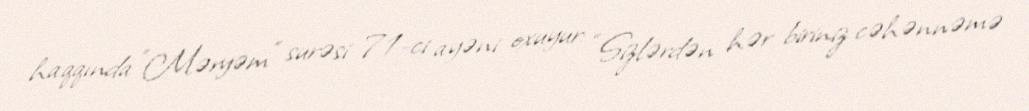
haqqında ”Məryəm" surəsi 71-ci ayəni oxuyur: “Sizlərdən hər biriniz cəhənnəmə